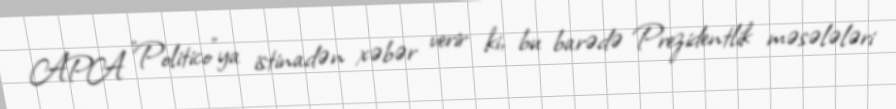
APA "Politico"ya istinadən xəbər verir ki, bu barədə Prezidentlik məsələləri